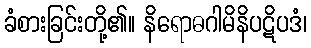
ခံစားခြင်းတို့၏။ နိရောဓဂါမိနိပဋိပဒံ၊